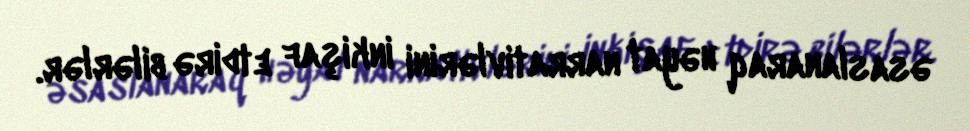
əsaslanaraq həyat narrativlərini inkişaf etdirə bilərlər.